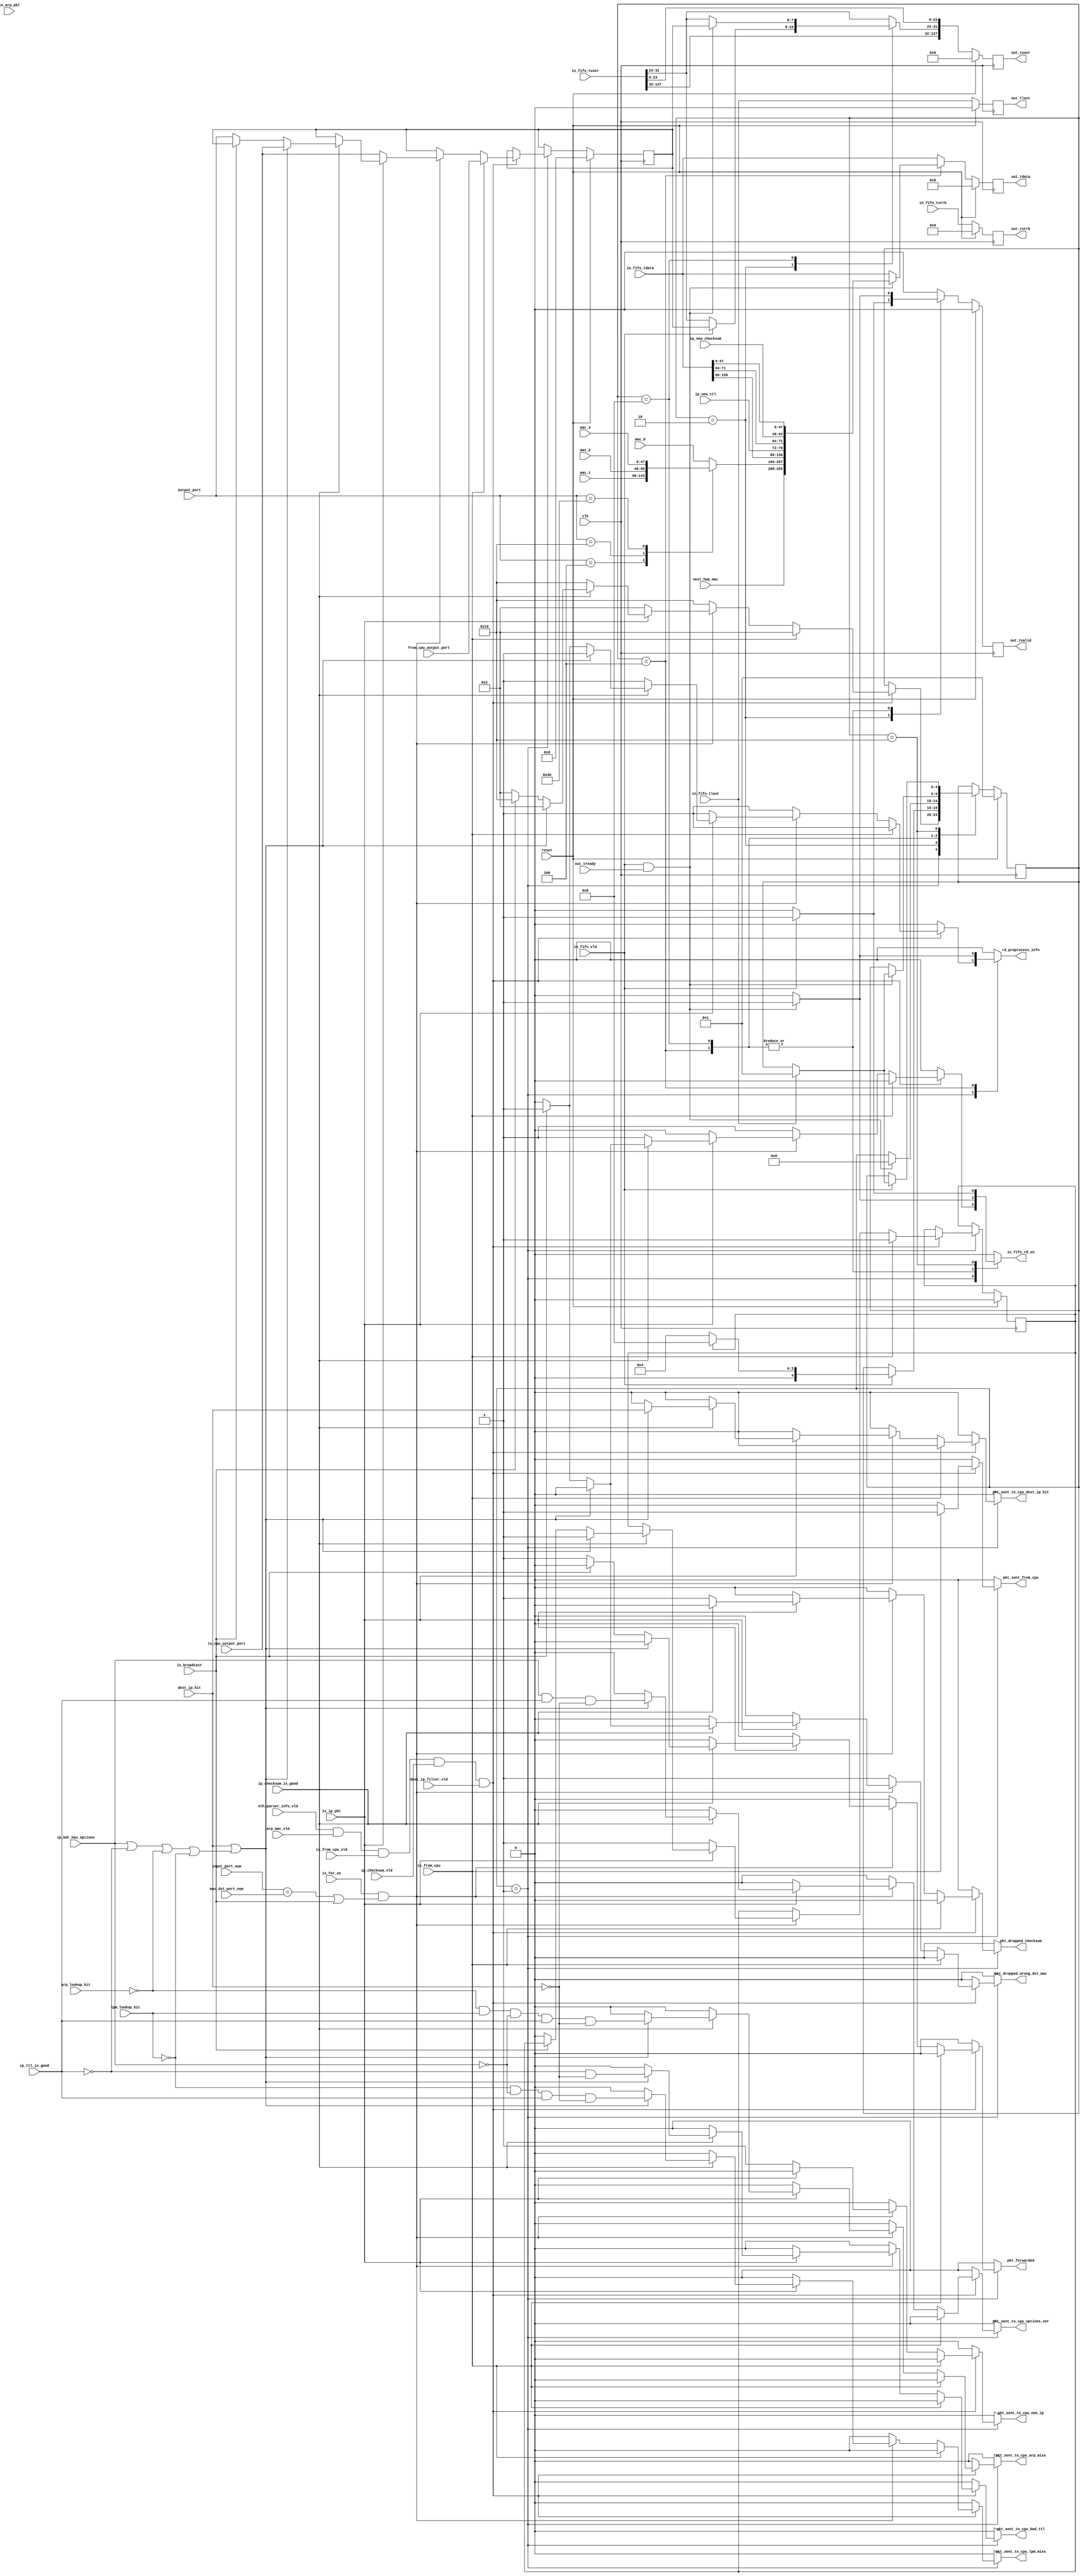
 /*******************************************************************************
  * 
  *  NetFPGA-10G http://www.netfpga.org
  *
  *  File:
  *        op_lut_process_sm.v
  *
  *  Library:
  *        std/pcores/nf10_router_output_port_lookup_v1_00_a
  *
  *  Module:
  *        op_lut_process_sm
  *
  *  Author:
  *        grg, Gianni Antichi
  *
  *  Description:
  *        
  *
  *  Copyright notice:
  *        Copyright (C) 2010, 2011 The Board of Trustees of The Leland Stanford
  *                                 Junior University
  *
  *  Licence:
  *        This file is part of the NetFPGA 10G development base package.
  *
  *        This file is free code: you can redistribute it and/or modify it under
  *        the terms of the GNU Lesser General Public License version 2.1 as
  *        published by the Free Software Foundation.
  *
  *        This package is distributed in the hope that it will be useful, but
  *        WITHOUT ANY WARRANTY; without even the implied warranty of
  *        MERCHANTABILITY or FITNESS FOR A PARTICULAR PURPOSE.  See the GNU
  *        Lesser General Public License for more details.
  *
  *        You should have received a copy of the GNU Lesser General Public
  *        License along with the NetFPGA source package.  If not, see
  *        http://www.gnu.org/licenses/.
  *
  */


`timescale 1ns/100ps
module op_lut_process_sm
  #(parameter C_S_AXIS_DATA_WIDTH=256,
    parameter C_S_AXIS_TUSER_WIDTH=128,
    parameter NUM_QUEUES = 8,
    parameter NUM_QUEUES_WIDTH = log2(NUM_QUEUES))
  (// --- interface to input fifo - fallthrough
   input                              in_fifo_vld,
   input [C_S_AXIS_DATA_WIDTH-1:0]    in_fifo_tdata,
   input			      in_fifo_tlast,
   input [C_S_AXIS_TUSER_WIDTH-1:0]   in_fifo_tuser,
   input [C_S_AXIS_DATA_WIDTH/8-1:0]  in_fifo_tstrb,
   output reg                         in_fifo_rd_en,

   // --- interface to eth_parser
   input                              is_arp_pkt,
   input                              is_ip_pkt,
   input                              is_for_us,
   input                              is_broadcast,
   input                              eth_parser_info_vld,
   input      [NUM_QUEUES_WIDTH-1:0]  mac_dst_port_num,

   // --- interface to ip_arp
   input      [47:0]                  next_hop_mac,
   input      [NUM_QUEUES-1:0]        output_port,
   input                              arp_lookup_hit, // indicates if the next hop mac is correct
   input                              lpm_lookup_hit, // indicates if the route to the destination IP was found
   input                              arp_mac_vld,    // indicates the lookup is done

   // --- interface to op_lut_hdr_parser
   input                              is_from_cpu,
   input      [NUM_QUEUES-1:0]        to_cpu_output_port,   // where to send pkts this pkt if it has to go to the CPU
   input      [NUM_QUEUES-1:0]        from_cpu_output_port, // where to send this pkt if it is coming from the CPU
   input                              is_from_cpu_vld,
   input      [NUM_QUEUES_WIDTH-1:0]  input_port_num,

   // --- interface to IP_checksum
   input                              ip_checksum_vld,
   input                              ip_checksum_is_good,
   input                              ip_hdr_has_options,
   input      [15:0]                  ip_new_checksum,     // new checksum assuming decremented TTL
   input                              ip_ttl_is_good,
   input      [7:0]                   ip_new_ttl,

   // --- input to dest_ip_filter
   input                              dest_ip_hit,
   input                              dest_ip_filter_vld,

   // -- connected to all preprocess blocks
   output reg                         rd_preprocess_info,

   // --- interface to next module
   output reg                         out_tvalid,
   output reg [C_S_AXIS_DATA_WIDTH-1:0]out_tdata,
   output reg [C_S_AXIS_TUSER_WIDTH-1:0]out_tuser,     // new checksum assuming decremented TTL
   input                              out_tready,
   output reg [C_S_AXIS_DATA_WIDTH/8-1:0]  out_tstrb,
   output reg				out_tlast,

   // --- interface to registers
   output reg                         pkt_sent_from_cpu,              // pulsed: we've sent a pkt from the CPU
   output reg                         pkt_sent_to_cpu_options_ver,    // pulsed: we've sent a pkt to the CPU coz it has options/bad version
   output reg                         pkt_sent_to_cpu_bad_ttl,        // pulsed: sent a pkt to the CPU coz the TTL is 1 or 0
   output reg                         pkt_sent_to_cpu_dest_ip_hit,    // pulsed: sent a pkt to the CPU coz it has hit in the destination ip filter list
   output reg                         pkt_forwarded     ,             // pulsed: forwarded pkt to the destination port
   output reg                         pkt_dropped_checksum,           // pulsed: dropped pkt coz bad checksum
   output reg                         pkt_sent_to_cpu_non_ip,         // pulsed: sent pkt to cpu coz it's not IP
   output reg                         pkt_sent_to_cpu_arp_miss,       // pulsed: sent pkt to cpu coz we didn't find arp entry for next hop ip
   output reg                         pkt_sent_to_cpu_lpm_miss,       // pulsed: sent pkt to cpu coz we didn't find lpm entry for destination ip
   output reg                         pkt_dropped_wrong_dst_mac,      // pulsed: dropped pkt not destined to us

   input  [47:0]                      mac_0,    // address of rx queue 0
   input  [47:0]                      mac_1,    // address of rx queue 1
   input  [47:0]                      mac_2,    // address of rx queue 2
   input  [47:0]                      mac_3,    // address of rx queue 3

   // misc
   input reset,
   input clk
   );

   function integer log2;
      input integer number;
      begin
         log2=0;
         while(2**log2<number) begin
            log2=log2+1;
         end
      end
   endfunction // log2

   //------------------- Internal parameters -----------------------
   localparam NUM_STATES          = 5;
   localparam WAIT_PREPROCESS_RDY = 1;
   localparam MOVE_TUSER    	  = 2;
   localparam CHANGE_PKT     	  = 4;
   localparam SEND_PKT         	  = 8;
   localparam DROP_PKT            = 16;
   localparam C_AXIS_SRC_PORT_POS = 16;
   localparam C_AXIS_DST_PORT_POS = 24;

   //---------------------- Wires and regs -------------------------
   wire                 preprocess_vld;

   reg [NUM_STATES-1:0] state;
   reg [NUM_STATES-1:0] state_next;
   reg                  out_tvalid_next;
   reg                  out_tlast_next;
   reg [C_S_AXIS_DATA_WIDTH-1:0]out_tdata_next;
   reg [C_S_AXIS_TUSER_WIDTH-1:0]out_tuser_next;
   reg [C_S_AXIS_DATA_WIDTH/8-1:0]out_tstrb_next;

   reg [47:0]           src_mac_sel;

   reg [NUM_QUEUES-1:0] dst_port;
   reg [NUM_QUEUES-1:0] dst_port_next;

   reg                  to_from_cpu;
   reg                  to_from_cpu_next;

   //-------------------------- Logic ------------------------------
   assign preprocess_vld = eth_parser_info_vld & arp_mac_vld
                         & is_from_cpu_vld & ip_checksum_vld & dest_ip_filter_vld;

   /* select the src mac address to write in the forwarded pkt */
   always @(*) begin
      case(output_port)
        'h1: src_mac_sel       = mac_0;
        'h4: src_mac_sel       = mac_1;
        'h10: src_mac_sel      = mac_2;
        'h40: src_mac_sel      = mac_3;
        default: src_mac_sel   = mac_0;
      endcase // case(output_port)
   end


   /* Modify the packet's hdrs and change tuser */
   always @(*) begin
      out_tlast_next                = in_fifo_tlast;
      out_tdata_next		    = in_fifo_tdata;
      out_tuser_next		    = in_fifo_tuser;
      out_tstrb_next		    = in_fifo_tstrb;
      out_tvalid_next               = 0;

      rd_preprocess_info            = 0;
      state_next                    = state;
      in_fifo_rd_en                 = 0;
      to_from_cpu_next              = to_from_cpu;
      dst_port_next                 = dst_port;

      pkt_sent_from_cpu             = 0;
      pkt_sent_to_cpu_options_ver   = 0;
      pkt_sent_to_cpu_arp_miss      = 0;
      pkt_sent_to_cpu_lpm_miss      = 0;
      pkt_sent_to_cpu_bad_ttl       = 0;
      pkt_forwarded                 = 0;
      pkt_dropped_checksum          = 0;
      pkt_sent_to_cpu_non_ip        = 0;
      pkt_dropped_wrong_dst_mac     = 0;
      pkt_sent_to_cpu_dest_ip_hit   = 0;

      case(state)
        WAIT_PREPROCESS_RDY: begin
           if(preprocess_vld) begin
              /* if the packet is from the CPU then all the info on it is correct.
               * We just pipe it to the output */
              if(is_from_cpu) begin
                 to_from_cpu_next     = 1;
                 dst_port_next        = from_cpu_output_port;
                 rd_preprocess_info   = 1;
                 state_next           = MOVE_TUSER;
                 pkt_sent_from_cpu    = 1;
              end
              /* check that the port on which it was received matches its mac */
              else if(is_for_us && (input_port_num==mac_dst_port_num || is_broadcast)) begin
                 if(is_ip_pkt) begin
                    if(ip_checksum_is_good) begin
                       /* if the packet has any options or ver!=4 or the TTL is 1 or 0 or if the ip destination address
                        * is in the destination filter list, then send it to the cpu queue corresponding to the input queue
                        * Also send pkt to CPU if we don't find it in the ARP lookup or in the LPM lookup*/
                       if(dest_ip_hit || (ip_hdr_has_options | !ip_ttl_is_good | !arp_lookup_hit | !lpm_lookup_hit)) begin
                          rd_preprocess_info            = 1;
                          to_from_cpu_next              = 1;
                          dst_port_next                 = to_cpu_output_port;
                          state_next                    = MOVE_TUSER;

                          // Note: care must be taken to ensure that only
                          // *one* of the counters will be incremented at any
                          // given time. (Otherwise the output port lookup
                          // counters will register more packets than other
                          // modules.)
                          //
                          // These are currently sorted in order of priority
                          pkt_sent_to_cpu_dest_ip_hit   = dest_ip_hit;
                          pkt_sent_to_cpu_bad_ttl       = !ip_ttl_is_good & !dest_ip_hit;
                          pkt_sent_to_cpu_options_ver   = ip_hdr_has_options &
                                                          ip_ttl_is_good & !dest_ip_hit;
                          pkt_sent_to_cpu_lpm_miss      = !lpm_lookup_hit & !ip_hdr_has_options &
                                                          ip_ttl_is_good & !dest_ip_hit;
                          pkt_sent_to_cpu_arp_miss      = !arp_lookup_hit & lpm_lookup_hit &
                                                          !ip_hdr_has_options & ip_ttl_is_good &
                                                          !dest_ip_hit;
                       end
                       else if (!is_broadcast) begin
                          to_from_cpu_next   = 0;
                          dst_port_next      = output_port;
                          state_next         = MOVE_TUSER;
                          pkt_forwarded      = 1;
                       end // else: !if(ip_hdr_has_options | !ip_ttl_is_good)
                       else begin
                          pkt_dropped_wrong_dst_mac   = 1;
                          rd_preprocess_info          = 1;
                          in_fifo_rd_en               = 1;
                          state_next                  = DROP_PKT;
                       end
                    end // if (ip_checksum_is_good)
                    else begin
                       pkt_dropped_checksum   = 1;
                       rd_preprocess_info     = 1;
                       in_fifo_rd_en          = 1;
                       state_next             = DROP_PKT;
                    end // else: !if(ip_checksum_is_good)
                 end // if (is_ip_pkt)
                 else begin // non-ip pkt
                    pkt_sent_to_cpu_non_ip   = 1;
                    rd_preprocess_info       = 1;
                    to_from_cpu_next         = 1;
                    dst_port_next            = to_cpu_output_port;
                    state_next               = MOVE_TUSER;
                 end // else: !if(is_ip_pkt)
              end // if (is_for_us)
              else begin // pkt not for us
                 pkt_dropped_wrong_dst_mac   = 1;
                 rd_preprocess_info          = 1;
                 in_fifo_rd_en               = 1;
                 state_next                  = DROP_PKT;
              end // else: !if(is_for_us)
           end // if (preprocess_vld & out_rdy)
        end // case: WAIT_PREPROCESS_RDY

        MOVE_TUSER: begin
           if(in_fifo_vld) begin
	      out_tvalid_next  = 1;
              out_tuser_next[C_AXIS_DST_PORT_POS+7:C_AXIS_DST_PORT_POS] = dst_port;
	      if(to_from_cpu)
		state_next = SEND_PKT;
	      else
	      	state_next = CHANGE_PKT;
	    end
	end

	CHANGE_PKT: begin
	   if(in_fifo_vld && out_tready) begin
	      out_tvalid_next = 1;
	      in_fifo_rd_en = 1;
	      // don't decrement the TTL and don't recalculate checksum for local pkts
	      out_tdata_next = {next_hop_mac,src_mac_sel,in_fifo_tdata[159:80],ip_new_ttl[7:0],in_fifo_tdata[71:64],ip_new_checksum,in_fifo_tdata[47:0]};
	      rd_preprocess_info = 1;
	      state_next = SEND_PKT;
	    end
	end     

	SEND_PKT: begin
	    if(in_fifo_vld && out_tready) begin
	      out_tuser_next[C_AXIS_DST_PORT_POS+7:C_AXIS_DST_PORT_POS] = dst_port; 
	      out_tvalid_next = 1;
	      in_fifo_rd_en = 1;
	      if(in_fifo_tlast)
		state_next =  WAIT_PREPROCESS_RDY;
	    end
	end

        DROP_PKT: begin
           if(in_fifo_vld) begin
              in_fifo_rd_en = 1;
              if(in_fifo_tlast)
                 state_next = WAIT_PREPROCESS_RDY;
           end
        end
      endcase // case(state)
   end // always @ (*)

   always @(posedge clk) begin
      if(reset) begin
         state             <= WAIT_PREPROCESS_RDY;
	 out_tvalid        <= 0;
         out_tdata         <= 0;
         out_tuser         <= 0;
         out_tstrb	   <= 0;
         out_tlast	   <= 0;
         to_from_cpu       <= 0;
         dst_port          <= 'h0;
      end
      else begin
         state             <= state_next;
	 out_tvalid	   <= out_tvalid_next;
         out_tlast         <= out_tlast_next;
         out_tdata	   <= out_tdata_next;
         out_tuser         <= out_tuser_next;
         out_tstrb         <= out_tstrb_next;
         to_from_cpu       <= to_from_cpu_next;
         dst_port          <= dst_port_next;
      end // else: !if(reset)
   end // always @ (posedge clk)

endmodule // op_lut_process_sm